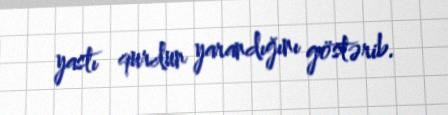
yastı qurdun yarandığını göstərib.